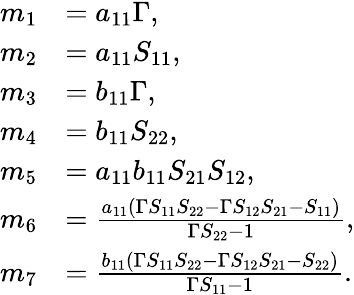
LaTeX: \begin{array}{rl}{m_{1}}&{=a_{11}\Gamma,}\\ {m_{2}}&{=a_{11}S_{11},}\\ {m_{3}}&{=b_{11}\Gamma,}\\ {m_{4}}&{=b_{11}S_{22},}\\ {m_{5}}&{=a_{11}b_{11}S_{21}S_{12},}\\ {m_{6}}&{=\frac{a_{11}\left(\Gamma S_{11}S_{22}-\Gamma S_{12}S_{21}-S_{11}\right)}{\Gamma S_{22}-1},}\\ {m_{7}}&{=\frac{b_{11}\left(\Gamma S_{11}S_{22}-\Gamma S_{12}S_{21}-S_{22}\right)}{\Gamma S_{11}-1}.}\end{array}